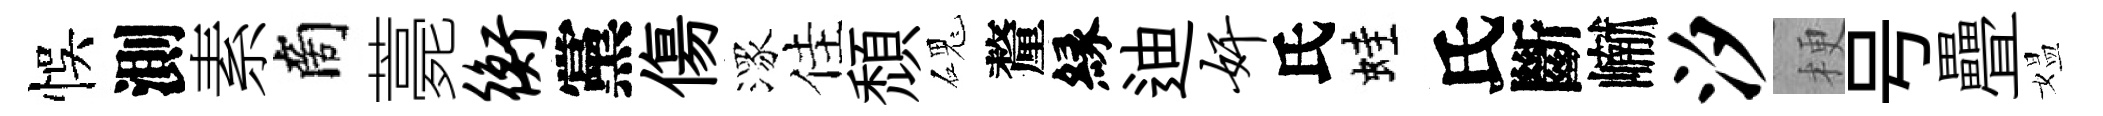
悞測素商薧衡黨傷潈佳頹磈釐縁迪奸氏蛙氏斷𪩘汐梗号疊媪